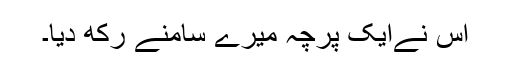
اس نےایک پرچہ میرے سامنے رکھ دیا۔